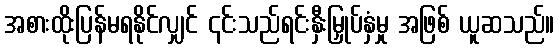
အစားထိုးပြန်မရနိုင်လျှင် ၎င်းသည်ရင်းနှီးမြှုပ်နှံမှု အဖြစ် ယူဆသည်။